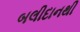
બલીદાનથી